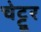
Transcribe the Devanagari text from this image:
चेट्टूर